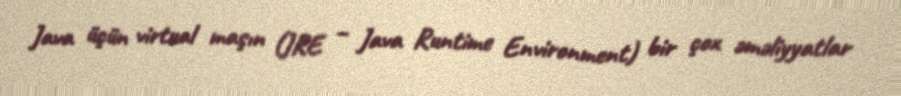
Java üçün virtual maşın (JRE – Java Runtime Environment) bir çox əməliyyatlar